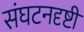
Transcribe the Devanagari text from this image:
संघटनदृष्टी